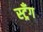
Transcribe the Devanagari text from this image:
स्ट्रँग